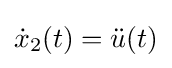
\textstyle {\dot {x}}_{2}(t)={\ddot {u}}(t)